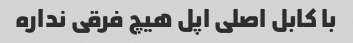
با کابل اصلی اپل هیچ فرقی نداره